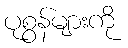
ပုစွန်များကို